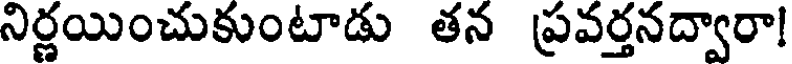
నిర్ణయించుకుంటాడు తన ప్రవర్తనద్వారా!